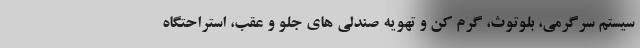
سیستم سرگرمی، بلوتوث، گرم کن و تهویه صندلی های جلو و عقب، استراحتگاه